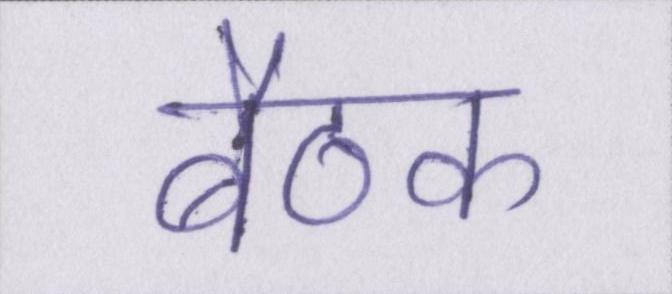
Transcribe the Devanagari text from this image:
बैठक